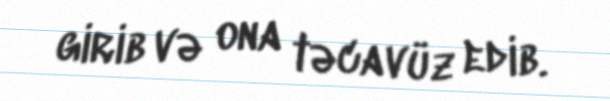
girib və ona təcavüz edib.